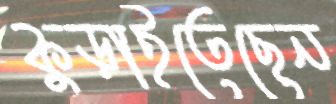
কুড়াইতেছেন